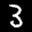
Label: 3